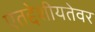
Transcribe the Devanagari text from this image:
एतद्देशीयतेवर